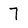
Character: 7